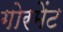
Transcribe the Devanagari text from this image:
गोरमेंट